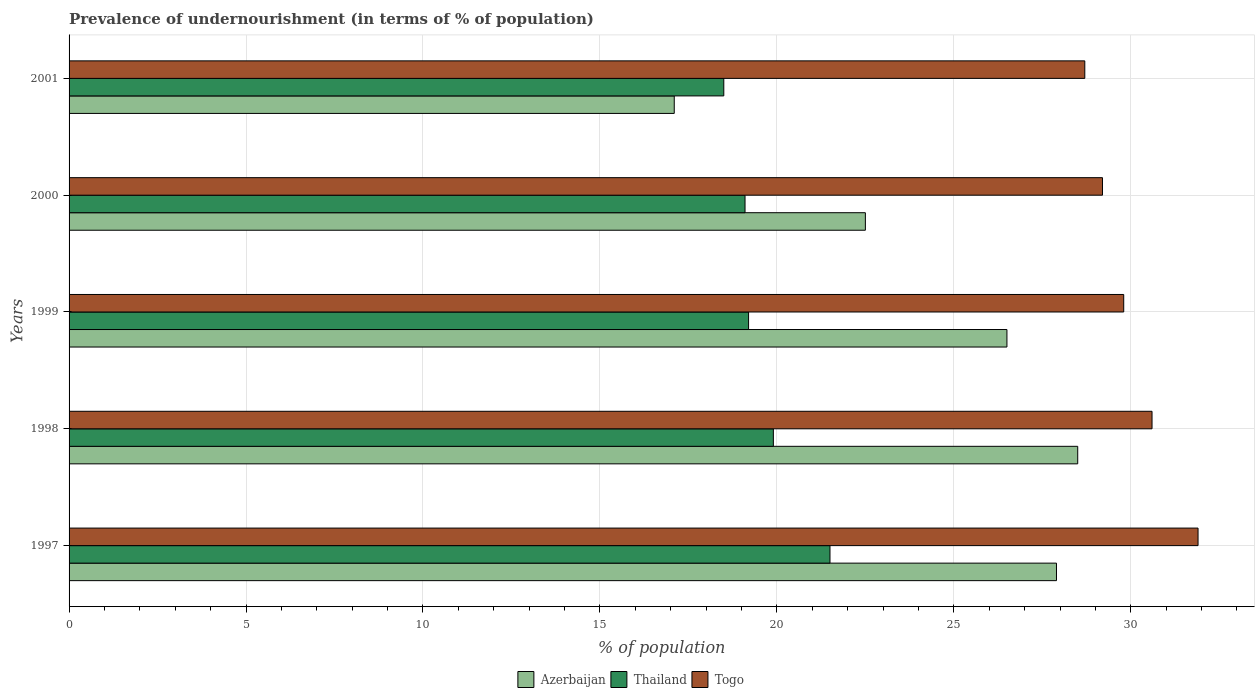
| Years | Azerbaijan | Thailand | Togo |
 | --- | --- | --- | --- |
 | 1997 | 27.9 | 21.5 | 31.9 |
 | 1998 | 28.5 | 19.9 | 30.6 |
 | 1999 | 26.5 | 19.2 | 29.8 |
 | 2000 | 22.5 | 19.1 | 29.2 |
 | 2001 | 17.1 | 18.5 | 28.7 |